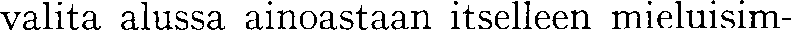
valita alussa ainoastaan itselleen mieluisim-